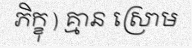
ភិក្ខុ ) គ្មាន ស្រោម